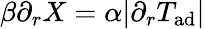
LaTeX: \beta\partial_{r}X=\alpha|\partial_{r}T_{\mathrm{ad}}|